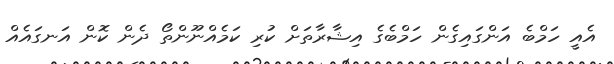
އެއީ ހަމްބެ އަންގައިގެން ހަމްބެގެ އިޝާރާތަށް ކުރި ކަމެއްނޫންތޯ ދެން ކޮން އަނގައެއް